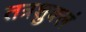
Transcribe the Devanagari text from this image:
तत्रशुक्लं